Tartu_Muinsuskaitse_Uhendus, lk 9
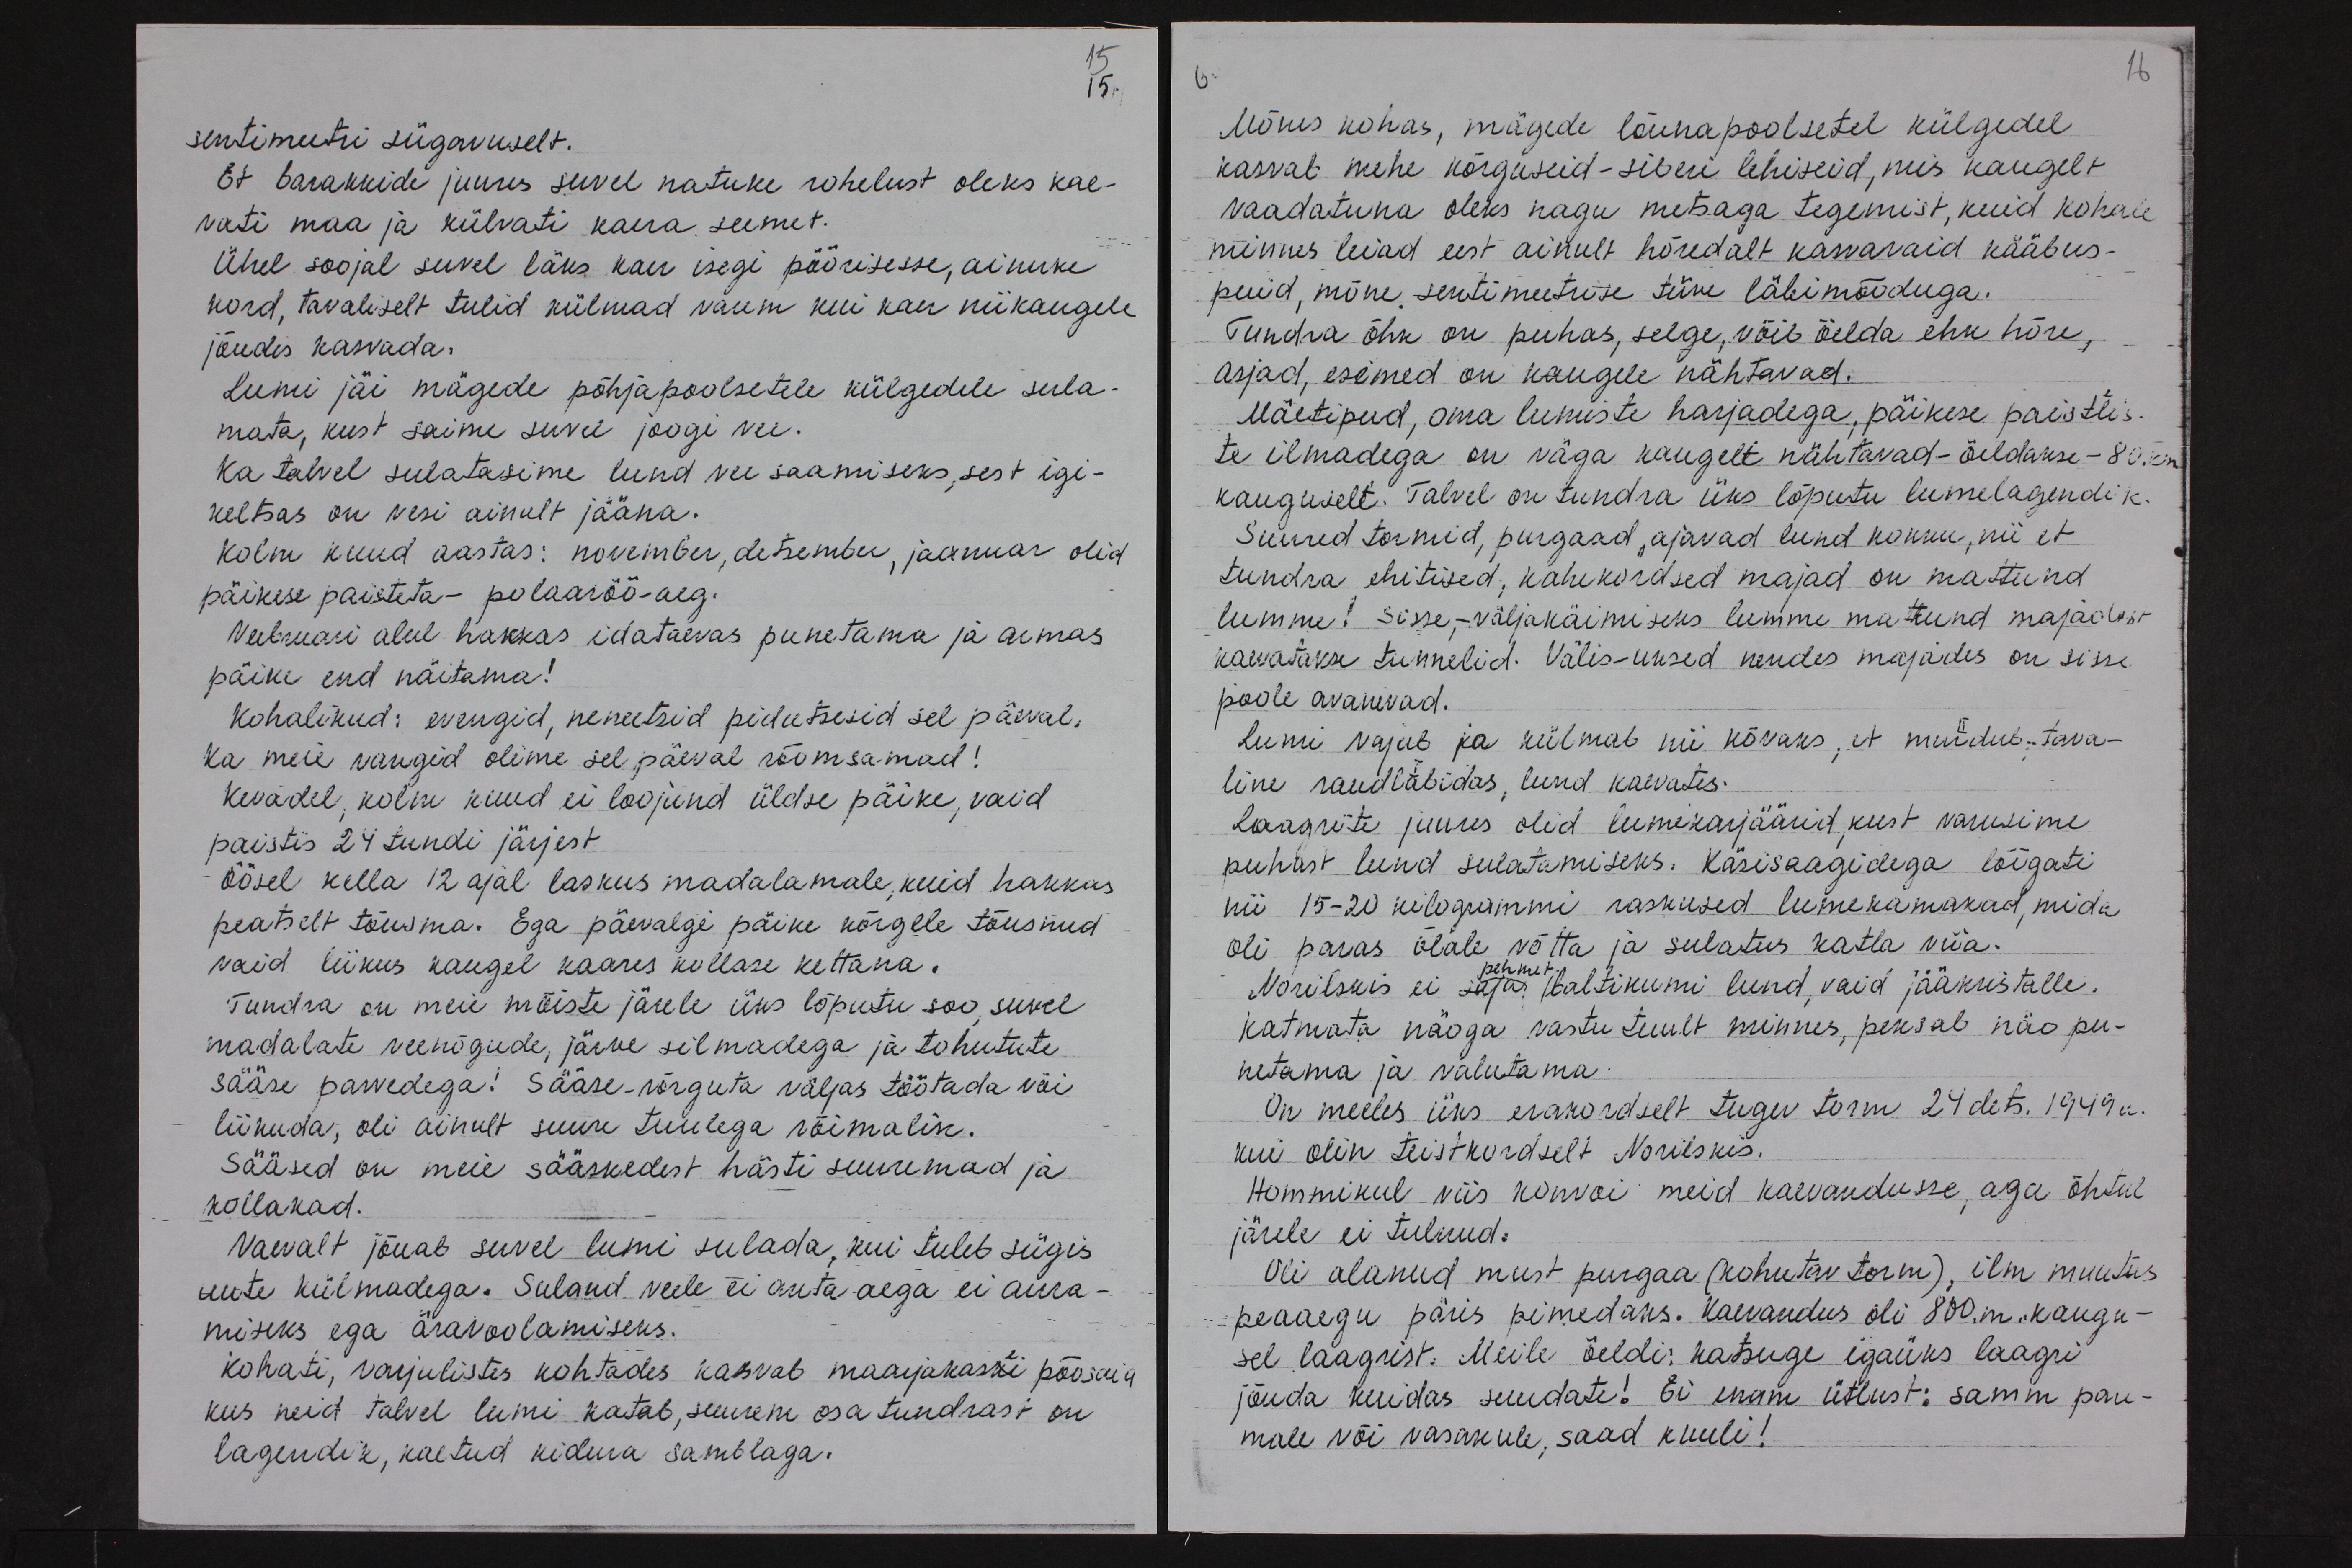
15
15.
sentimeetri sügavuselt.
Et barakkide juures suvel natuke rohelust oleks kae-
vati maa ja külvati kaera seemet.
Ühel soojal suvel läks kaer isegi pöörisesse, ainuke
kord, tavaliselt tulid külmad varem kui kaer niikaugele
jõudis kasvada.
Lumi jäi mägede põhjapoolsetele külgedele sula-
mata, kust saime suvel joogi vee.
Ka talvel sulatasime lund vee saamiseks, sest igi-
keltsas on vesi ainult jääna.
Kolm kuud aastas: november, detsember, jaanuar olid
päikese paisteta - polaaröö-aeg.
Veebruari alul hakkas idataevas punetama ja armas
päike end näitama!
Kohalikud: evengid, neneetsid pidutsesid sel päeval.
Ka meie vangid olime sel päeval rõõmsamad!
Kevadel, kolm kuud ei loojund üldse päike, vaid
paistis 24 tundi järjest.
Öösel kella 12 ajal laskus madalamale, kuid hakkas
peatselt tõusma. Ega päevalgi päike kõrgele tõusnud
vaid liikus kaugel kaares kollase kettana.
Tundra on meie mõiste järele üks lõputu soo suvel
madalate veenõgude, järve silmadega ja tohutute
sääse parvedega! Sääse-võrguta väljas töötada või
liikuda, oli ainult suure tuulega võimalik.
Sääsed on meie sääskedest hästi suuremad ja
kollakad.
Vaevalt jõuab suvel lumi sulada, kui tuleb sügis
uute külmadega. Suland veele ei anta aega ei aura-
miseks ega äravoolamiseks.
Kohati, varjulistes kohtades kasvab maarjakaski põosaia.
kus neid talvel lumi katab, suurem osa tundrast on
lagendik, kaetud kidura samblaga.

6.
16
Mõnes kohas, mägede lõunapoolsetel külgedel
kasvab mehe kõrguseid - siberi lehiseid, mis kaugelt
vaadatuna oleks nagu metsaga tegemist, kuid kohale
minnes leiad eest ainult hõredalt kasvavaid kääbus-
puid, mõne sentimeetrise tüve läbimõõduga.
Tundra õhk on puhas, selge, võib öelda ehk hõre,
asjad, esemed on kaugele nähtavad.
Mäetipud, oma lumiste harjadega, päikese paistlis
te ilmadega on väga kaugelt nähtavad - öeldakse - 80 km
kauguselt. Talvel on tundra üks lõputu lumelagendik.
Suured tormid, purgaad, ajavad lund kokku, nii et
tundra ehitised, kahekordsed majad on mattund
lumme! Sisse-, väljakäimiseks lumme mattund majadest
kaevatakse tunnelid. Välis-uksed nendes majades on sisse
poole avanevad.
Lumi vajub ja külmab nii kõvaks, et murdub tava-
line raudlabidas, lund kaevates.
Laagrite juures olid lumikarjäärid, kust varusime
puhast lund sulatamiseks. Käsisaagidega lõigati
nii 15-20 kilogrammi raskused lumekamakad, mida
oli paras õlale võtta ja sulatus katla viia.
Norilskis ei saja baltikumi lund, vaid jääkristalle.
pehmet
Katmata näoga vastu tuult minnes, peksab näo pu-
netama ja valutama
On meeles üks erakordselt tugev torm 24 dets. 1949 a.
kui olin teistkordselt Norilskis.
Hommikul viis konvoi meid kaevandusse, aga õhtul
järele ei tulnud.
Oli alanud must purgaa (kohutav torm), ilm muutus
peaaegu päris pimedaks. Kaevandus oli 800. m. kaugu-
sel laagrist. Meile öeldi: katsuge igaüks laagri
jõuda kuidas suudate! Ei enam ütlust: samm pare-
male või vasakule, saad kuuli!